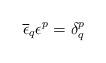
LaTeX: \begin{align*}\overline{\epsilon }_{q}\epsilon ^{p}=\delta ^{p}_{q}\end{align*}